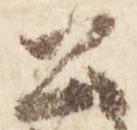
公